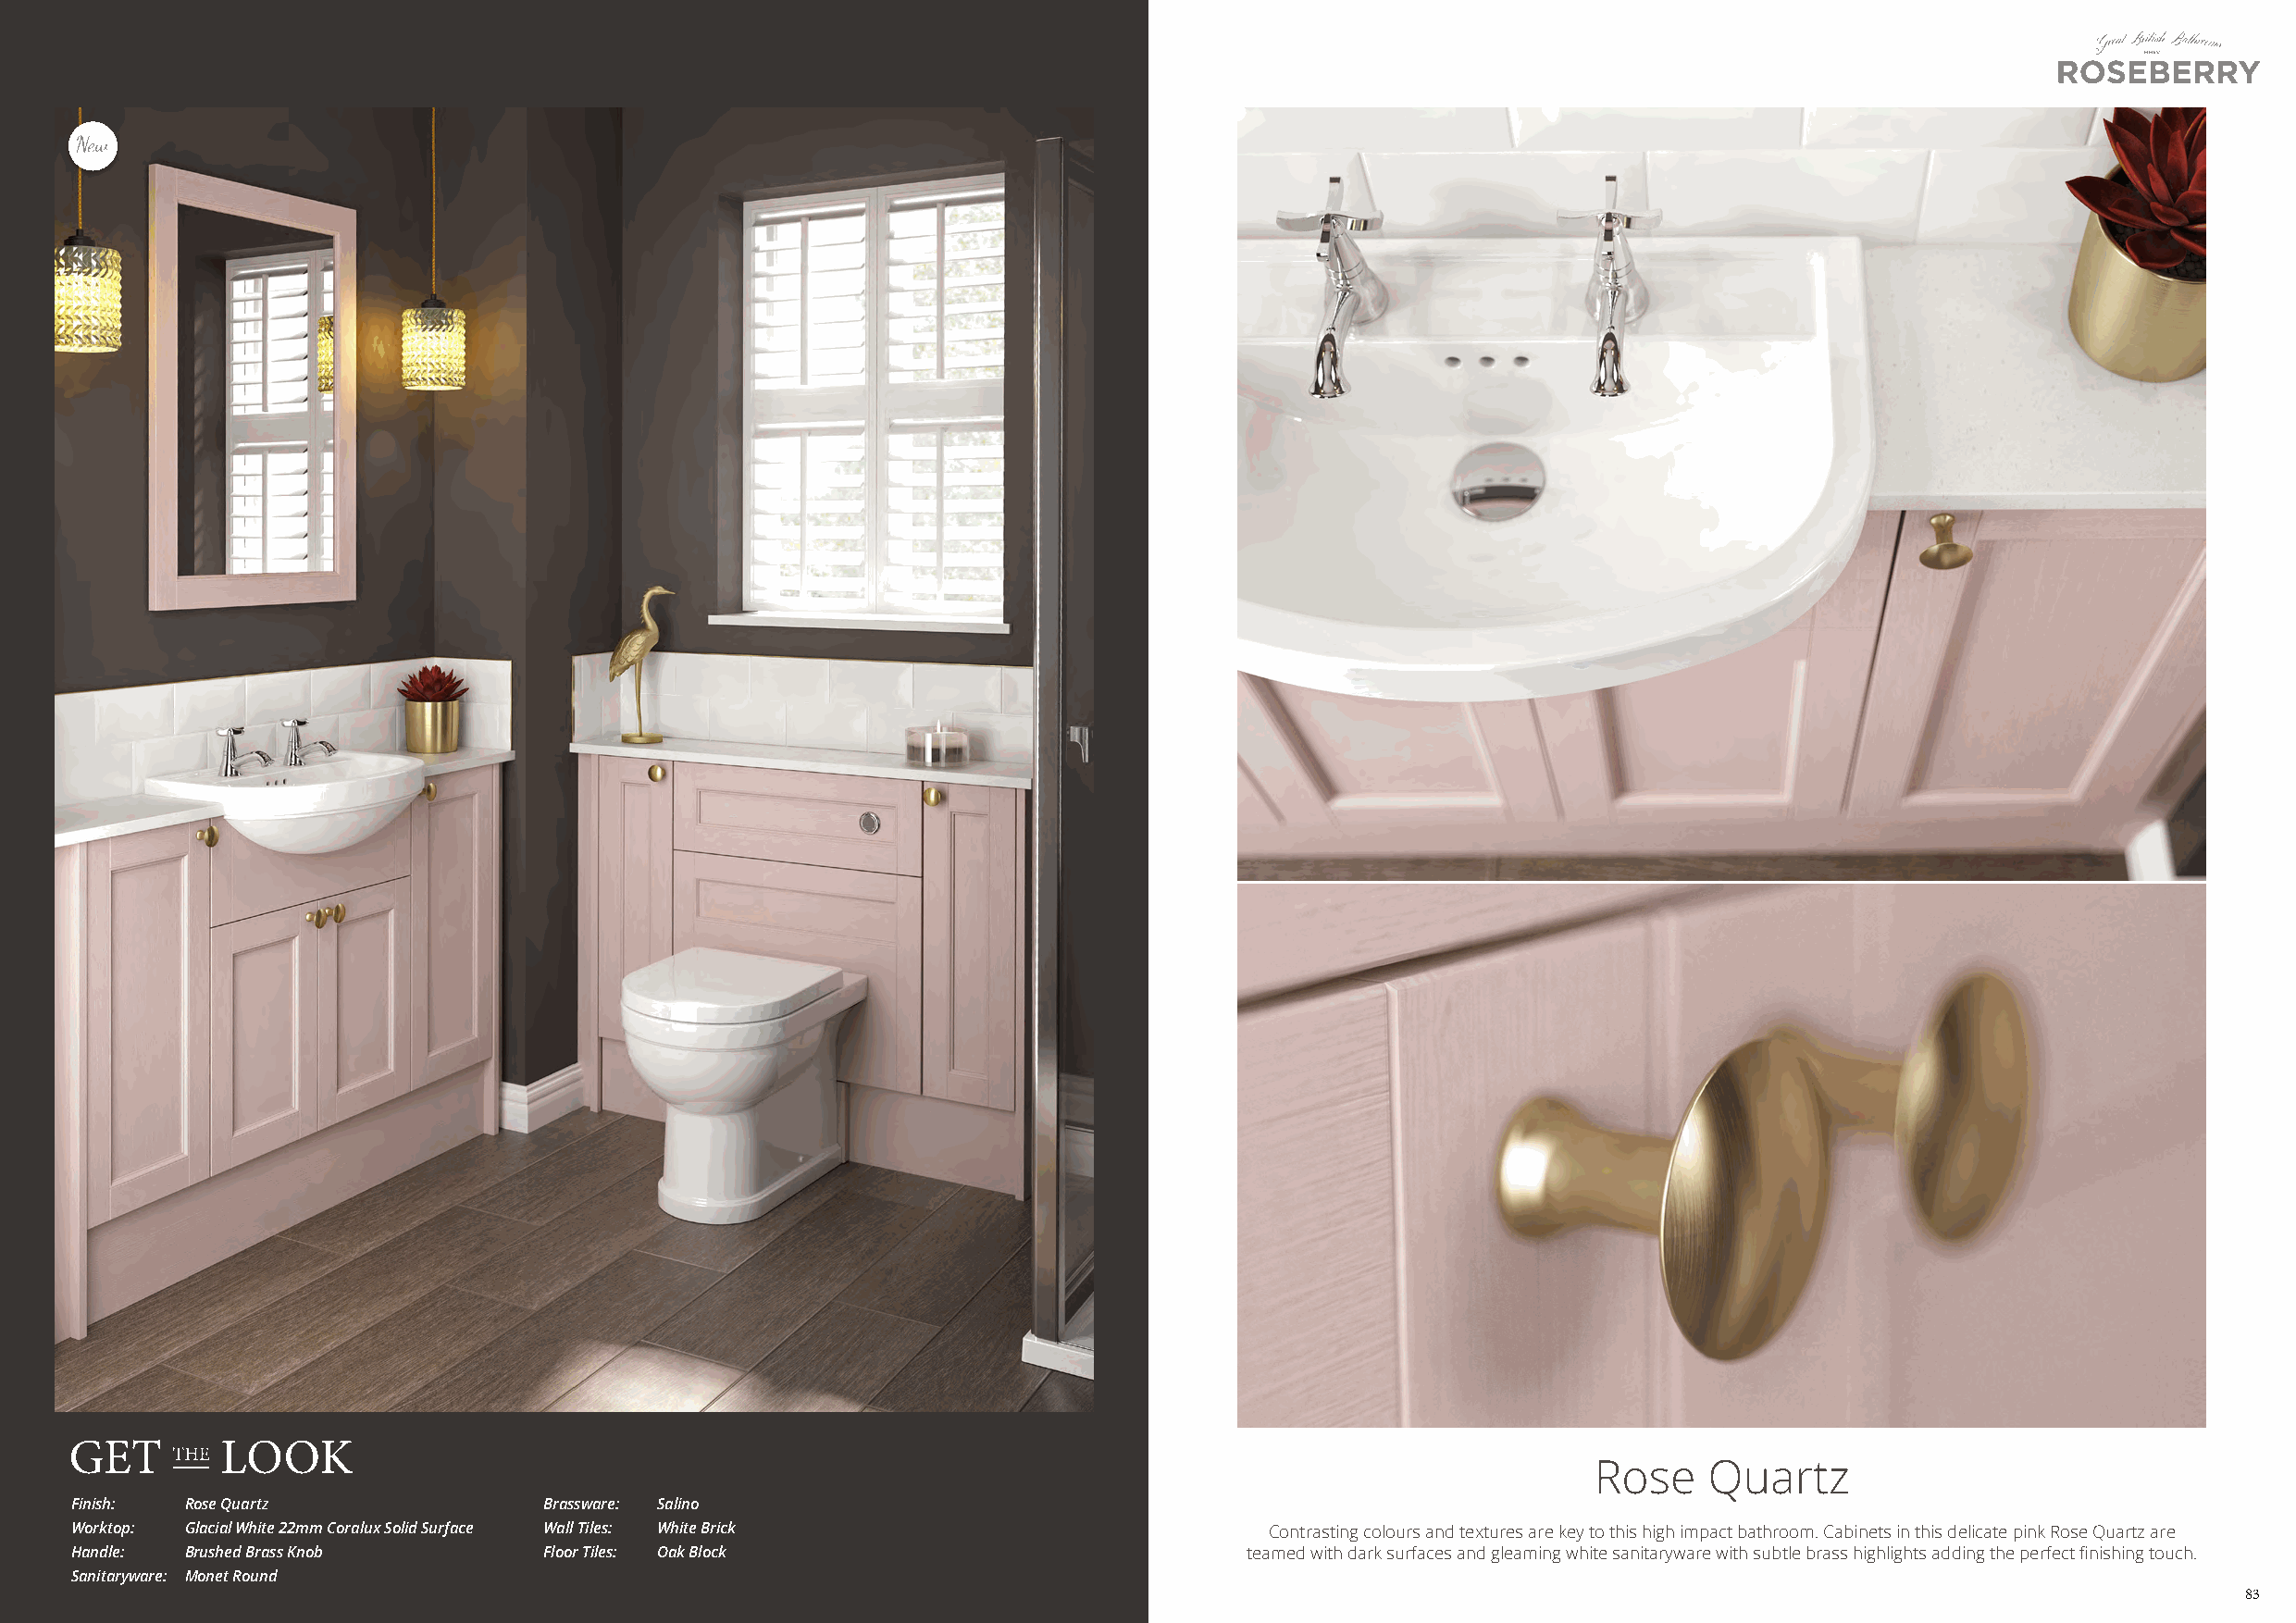
Rose    Quartz
 Finish: Rose Quartz               Brassware: Salino
 Worktop: Glacial White 22mm Coralux Solid Surface Wall Tiles: White Brick             Contrasting colours and textures are key to this high impact bathroom. Cabinets in this delicate pink Rose Quartz are
 Handle: Brushed Brass Knob        Floor Tiles: Oak Block                            teamed with dark surfaces and gleaming white sanitaryware with subtle brass highlights adding the perfect finishing touch.
 Sanitaryware: Monet Round
 83